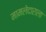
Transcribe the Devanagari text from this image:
मामलेदाराला